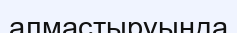
алмастыруында